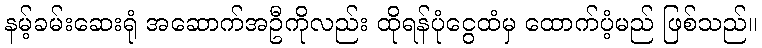
နမ့်ခမ်းဆေးရုံ အဆောက်အဦကိုလည်း ထိုရန်ပုံငွေထံမှ ထောက်ပံ့မည် ဖြစ်သည်။